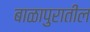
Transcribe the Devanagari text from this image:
बाळापुरातील